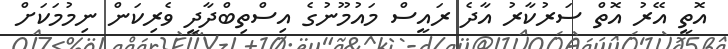
އޮތީ އޭރު އޮތް ސަރުކާރު އާދެ ރައީސް މައުމޫނުގެ އިސްތިބްދާދީ ވެރިކަން ނިމުމަކަށް